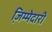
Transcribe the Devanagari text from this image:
जि़म्मेदारी